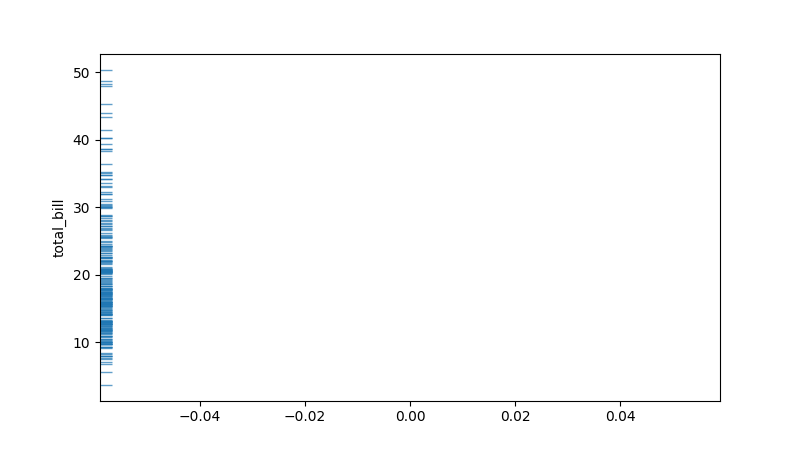
python, seaborn, rugplot, height=0.02, axis='y', alpha=0.7